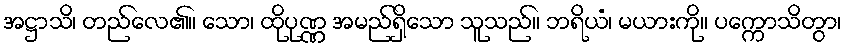
အဋ္ဌာသိ၊ တည်လေ၏။ သော၊ ထိုပုဏ္ဏ အမည်ရှိသော သူသည်။ ဘရိယံ၊ မယားကို။ ပက္ကောသိတွာ၊